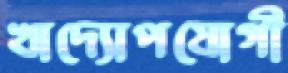
খাদ্যোপযোগী